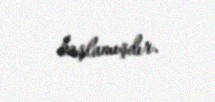
başlamışdır.